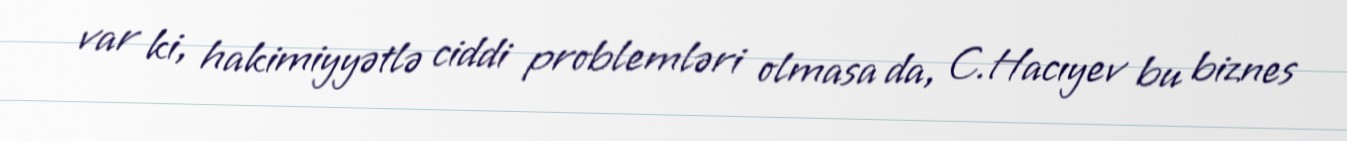
var ki, hakimiyyətlə ciddi problemləri olmasa da, C.Hacıyev bu biznes